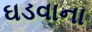
ઘડવાના